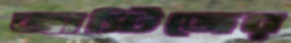
জাস্টিজের